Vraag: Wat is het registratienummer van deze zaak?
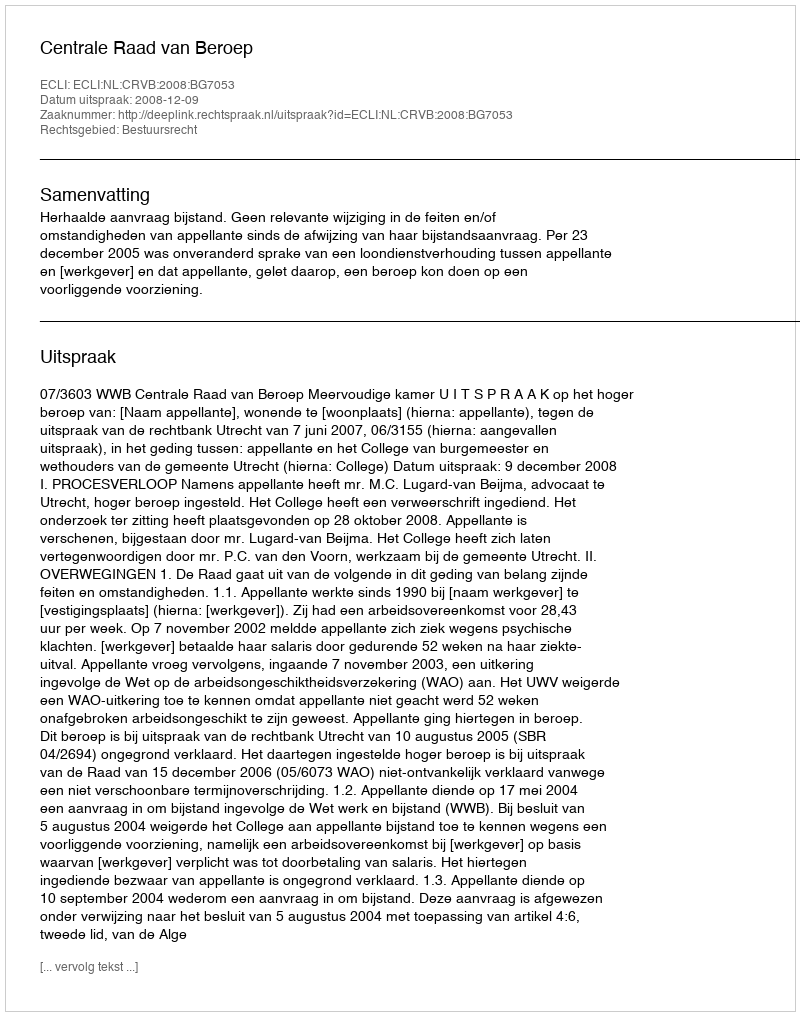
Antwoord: http://deeplink.rechtspraak.nl/uitspraak?id=ECLI:NL:CRVB:2008:BG7053